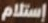
إستلام